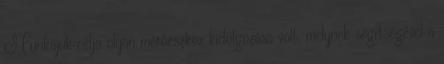
Munkájuk célja olyan mérőeszköz kidolgozása volt, melynek segítségével a